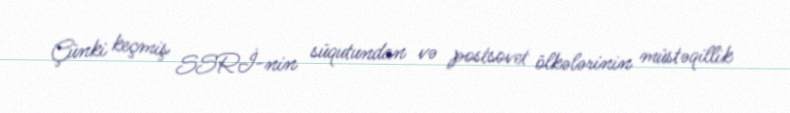
Çünki keçmiş SSRİ-nin süqutundan və postsovet ölkələrinin müstəqillik